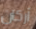
أركان